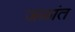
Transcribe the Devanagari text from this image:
जळांत